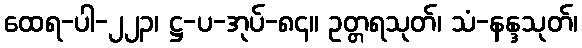
ထေရ-ပါ-၂၂၃၊ ဋ္ဌ-ပ-အုပ်-၈၄။ ဥတ္တရသုတ်၊ သံ-နန္ဒသုတ်၊